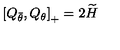
\left[ Q _ { \bar { \theta } } , Q _ { \theta } \right] _ { + } = 2 \widetilde { H }